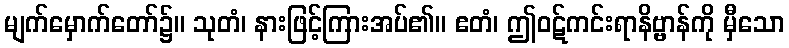
မျက်မှောက်တော်၌။ သုတံ၊ နားဖြင့်ကြားအပ်၏။ ဧတံ၊ ဤဝဋ်ကင်းရာနိဗ္ဗာန်ကို မှီသော